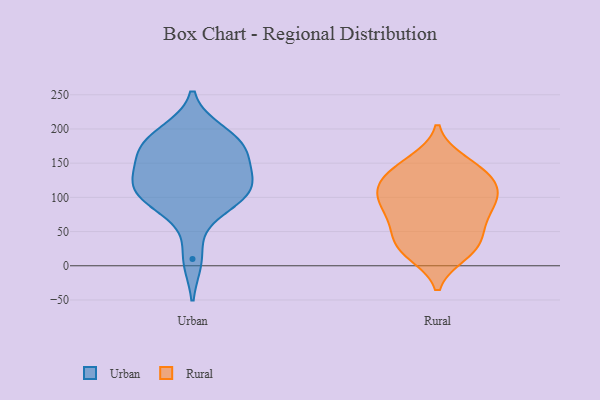
{"axis": {"x": "Bounce Rate (%)", "y": "Value"}, "legend": ["Rural", "Urban"], "data": [{"x": "", "y": 194, "type": "Urban"}, {"x": "", "y": 126, "type": "Urban"}, {"x": "", "y": 180, "type": "Urban"}, {"x": "", "y": 10, "type": "Urban"}, {"x": "", "y": 111, "type": "Urban"}, {"x": "", "y": 140, "type": "Urban"}, {"x": "", "y": 83, "type": "Urban"}, {"x": "", "y": 99, "type": "Urban"}, {"x": "", "y": 180, "type": "Urban"}, {"x": "", "y": 112, "type": "Urban"}, {"x": "", "y": 170, "type": "Urban"}, {"x": "", "y": 165, "type": "Urban"}, {"x": "", "y": 111, "type": "Urban"}, {"x": "", "y": 103, "type": "Rural"}, {"x": "", "y": 69, "type": "Rural"}, {"x": "", "y": 32, "type": "Rural"}, {"x": "", "y": 98, "type": "Rural"}, {"x": "", "y": 17, "type": "Rural"}, {"x": "", "y": 138, "type": "Rural"}, {"x": "", "y": 26, "type": "Rural"}, {"x": "", "y": 150, "type": "Rural"}, {"x": "", "y": 117, "type": "Rural"}, {"x": "", "y": 129, "type": "Rural"}, {"x": "", "y": 110, "type": "Rural"}, {"x": "", "y": 58, "type": "Rural"}, {"x": "", "y": 70, "type": "Rural"}, {"x": "", "y": 42, "type": "Rural"}, {"x": "", "y": 153, "type": "Rural"}, {"x": "", "y": 127, "type": "Rural"}, {"x": "", "y": 19, "type": "Rural"}, {"x": "", "y": 90, "type": "Rural"}, {"x": "", "y": 92, "type": "Rural"}]}